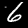
Digit: 6